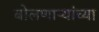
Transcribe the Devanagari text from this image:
बोलणाऱ्यांच्या